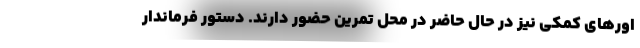
اورهای کمکی نیز در حال حاضر در محل تمرین حضور دارند. دستور فرماندار